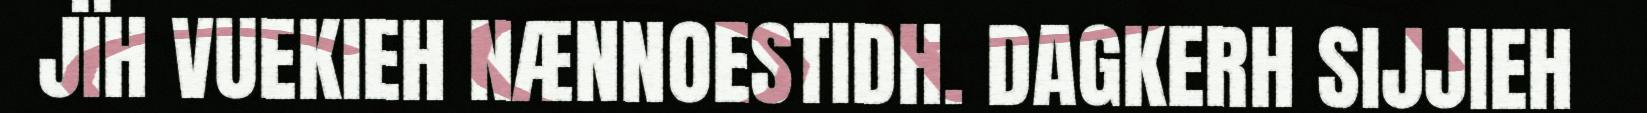
JÏH VUEKIEH NÆNNOESTIDH. DAGKERH SIJJIEH